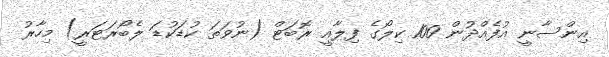
އިންސާނީ އުފެއްދުން 100 ކިލޯގެ ފިލާއީ ރޮބަޓް (ނުވަތަ ކުޑަކުޑަ ލެބޯރަޓަރީ) މިހާރު